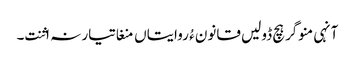
آنہی منوگر ہچ ڈولیں قانون ءُ روایتاں منغا تیار نہ اثنت۔